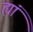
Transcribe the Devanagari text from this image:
ह्यां